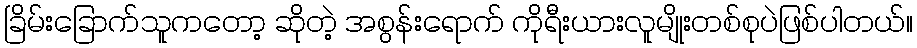
ခြိမ်းခြောက်သူကတော့ ဆိုတဲ့ အစွန်းရောက် ကိုရီးယားလူမျိုးတစ်စုပဲဖြစ်ပါတယ်။